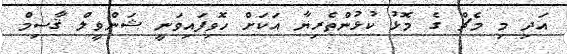
އަދި މި މެޗް ގެ މޮޅު ކުޅުންތެރިޔާ އަަކަށް ހޮވިފައިވަނީ ޝަންވީލް ޤާސިމް